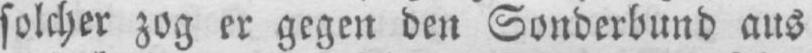
solcher zog er gegen den Sonderbund aus